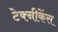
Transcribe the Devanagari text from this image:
टेक्नीकेंस